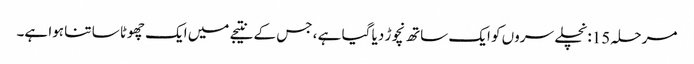
مرحلہ 15: نچلے سروں کو ایک ساتھ نچوڑ دیا گیا ہے ، جس کے نتیجے میں ایک چھوٹا سا تنا ہوا ہے۔